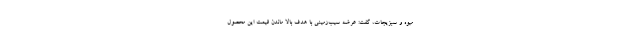
میوه و سبزیجات، گفت: عرضه سیب‌زمینی با هدف بالا ماندن قیمت این محصول